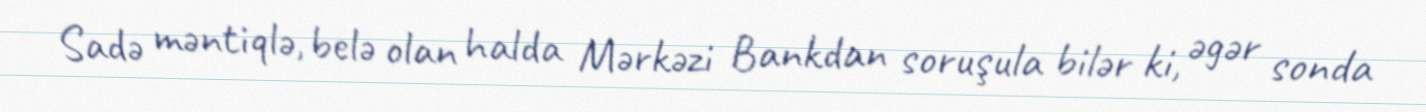
Sadə məntiqlə, belə olan halda Mərkəzi Bankdan soruşula bilər ki, əgər sonda